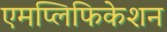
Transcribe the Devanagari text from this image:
एमप्लिफिकेशन